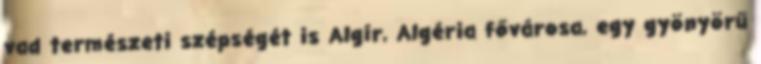
vad természeti szépségét is Algír, Algéria fővárosa, egy gyönyörű